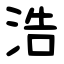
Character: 浩